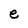
Character: e